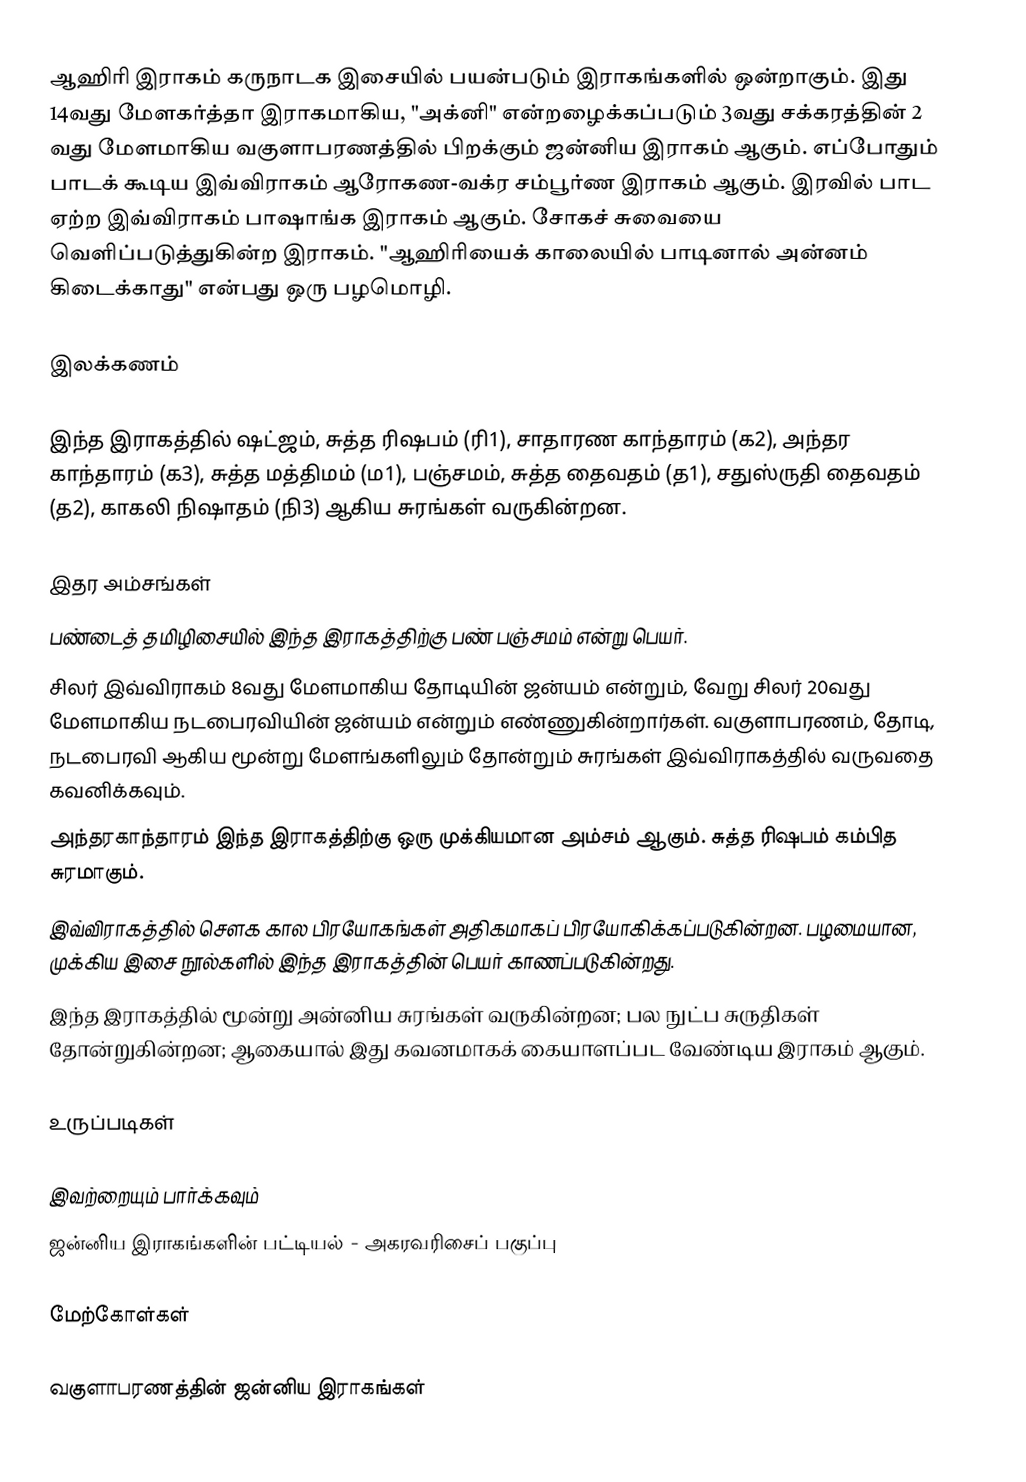
ஆஹிரி இராகம் கருநாடக இசையில் பயன்படும் இராகங்களில் ஒன்றாகும். இது 14வது மேளகர்த்தா இராகமாகிய, "அக்னி" என்றழைக்கப்படும் 3வது சக்கரத்தின் 2 வது மேளமாகிய வகுளாபரணத்தில் பிறக்கும் ஜன்னிய இராகம் ஆகும். எப்போதும் பாடக் கூடிய இவ்விராகம் ஆரோகண-வக்ர சம்பூர்ண இராகம் ஆகும். இரவில் பாட ஏற்ற இவ்விராகம் பாஷாங்க இராகம் ஆகும். சோகச் சுவையை வெளிப்படுத்துகின்ற இராகம். "ஆஹிரியைக் காலையில் பாடினால் அன்னம் கிடைக்காது" என்பது ஒரு பழமொழி.

இலக்கணம்

 இந்த இராகத்தில் ஷட்ஜம், சுத்த ரிஷபம் (ரி1), சாதாரண காந்தாரம் (க2), அந்தர காந்தாரம் (க3), சுத்த மத்திமம் (ம1), பஞ்சமம், சுத்த தைவதம் (த1), சதுஸ்ருதி தைவதம் (த2), காகலி நிஷாதம் (நி3) ஆகிய சுரங்கள் வருகின்றன.

இதர அம்சங்கள்
 பண்டைத் தமிழிசையில் இந்த இராகத்திற்கு பண் பஞ்சமம் என்று பெயர்.
 சிலர் இவ்விராகம் 8வது மேளமாகிய தோடியின் ஜன்யம் என்றும், வேறு சிலர் 20வது மேளமாகிய நடபைரவியின் ஜன்யம் என்றும் எண்ணுகின்றார்கள். வகுளாபரணம், தோடி, நடபைரவி ஆகிய மூன்று மேளங்களிலும் தோன்றும் சுரங்கள் இவ்விராகத்தில் வருவதை கவனிக்கவும்.
 அந்தரகாந்தாரம் இந்த இராகத்திற்கு ஒரு முக்கியமான அம்சம் ஆகும். சுத்த ரிஷபம் கம்பித சுரமாகும்.
 இவ்விராகத்தில் சௌக கால பிரயோகங்கள் அதிகமாகப் பிரயோகிக்கப்படுகின்றன. பழமையான, முக்கிய இசை நூல்களில் இந்த இராகத்தின் பெயர் காணப்படுகின்றது.
 இந்த இராகத்தில் மூன்று அன்னிய சுரங்கள் வருகின்றன; பல நுட்ப சுருதிகள் தோன்றுகின்றன; ஆகையால் இது கவனமாகக் கையாளப்பட வேண்டிய இராகம் ஆகும்.

உருப்படிகள்

இவற்றையும் பார்க்கவும்
 ஜன்னிய இராகங்களின் பட்டியல் - அகரவரிசைப் பகுப்பு

மேற்கோள்கள்

வகுளாபரணத்தின் ஜன்னிய இராகங்கள்